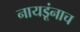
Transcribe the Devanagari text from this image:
नायडूंनाच